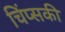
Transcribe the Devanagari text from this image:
चिंप्सकी